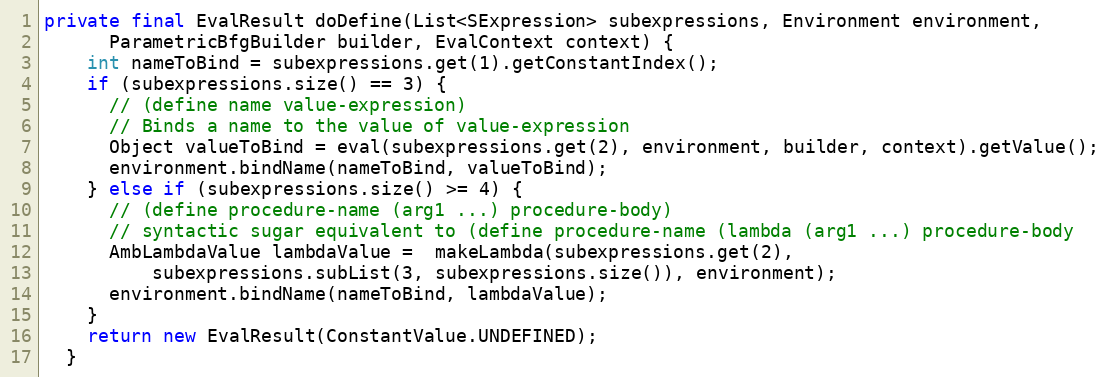
Language: Java
private final EvalResult doDefine(List<SExpression> subexpressions, Environment environment,
      ParametricBfgBuilder builder, EvalContext context) {
    int nameToBind = subexpressions.get(1).getConstantIndex();
    if (subexpressions.size() == 3) {
      // (define name value-expression)
      // Binds a name to the value of value-expression
      Object valueToBind = eval(subexpressions.get(2), environment, builder, context).getValue();
      environment.bindName(nameToBind, valueToBind);
    } else if (subexpressions.size() >= 4) {
      // (define procedure-name (arg1 ...) procedure-body)
      // syntactic sugar equivalent to (define procedure-name (lambda (arg1 ...) procedure-body
      AmbLambdaValue lambdaValue =  makeLambda(subexpressions.get(2),
          subexpressions.subList(3, subexpressions.size()), environment);
      environment.bindName(nameToBind, lambdaValue);
    }
    return new EvalResult(ConstantValue.UNDEFINED);
  }